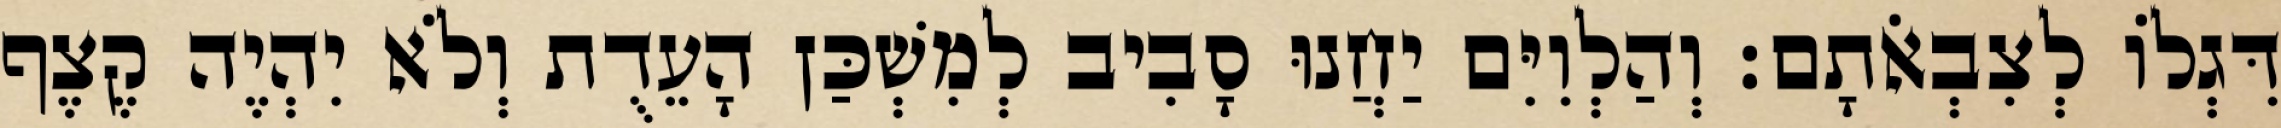
דִּגְלוֹ לְצִבְאֹתָם׃ וְהַלְוִיִּם יַחֲנוּ סָבִיב לְמִשְׁכַּן הָעֵדֻת וְלֹא יִהְיֶה קֶצֶף